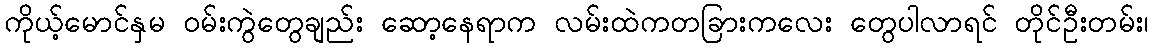
ကိုယ့်မောင်နှမ ဝမ်းကွဲတွေချည်း ဆော့နေရာက လမ်းထဲကတခြားကလေး တွေပါလာရင် တိုင်ဦးတမ်း၊